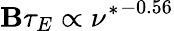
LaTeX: \mathbf{B}\tau_{E}\propto{\nu^{*}}^{-0.56}